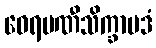
ဝေရမဏီသိက္ခာပဒံ